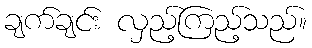
ချက်ချင်း လှည့်ကြည့်သည်။